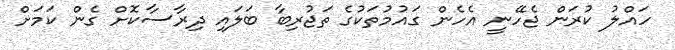
ހައްލު ކުރަން ޖެހޭނީ އެހެން ގައުމުތަކުގެ ތަޖުރިބާ ބަލައި ދިރާސާކޮށް ގެން ކަމަށް